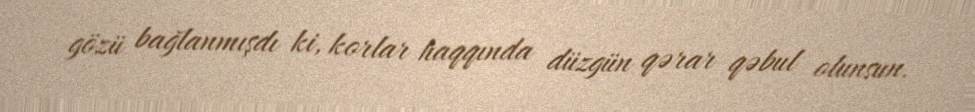
gözü bağlanmışdı ki, korlar haqqında düzgün qərar qəbul olunsun.